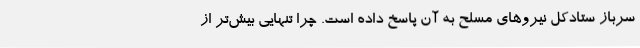
سرباز ستادکل نیروهای مسلح به آن پاسخ داده است. چرا تنهایی بیش‌تر از